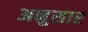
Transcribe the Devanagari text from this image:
अनुसार